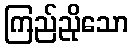
ကြည်ညိုသော